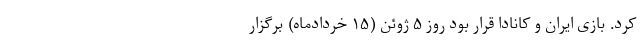
کرد. بازی ایران و کانادا قرار بود روز ۵ ژوئن (۱۵ خردادماه) برگزار